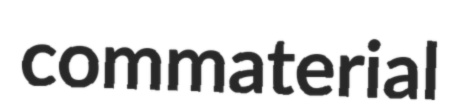
commaterial